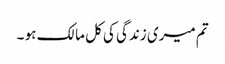
تم میری زندگی کی کل مالک ہو ۔